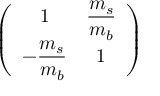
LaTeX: \left( \begin{array} { c c } { { 1 } } & { { \displaystyle \frac { m _ { s } } { m _ { b } } } } \\ { { \displaystyle - \frac { m _ { s } } { m _ { b } } } } & { { 1 } } \end{array} \right)